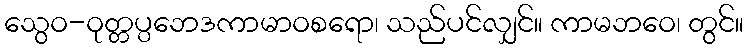
သွေဝ-ဝုတ္တပ္ပဘေဒကာမာဝစရော၊ သည်ပင်လျှင်။ ကာမဘဝေ၊ တွင်။